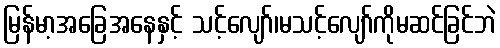
မြန်မာ့အခြေအနေနှင့် သင့်လျော်၊မသင့်လျော်ကိုမဆင်ခြင်ဘဲ